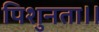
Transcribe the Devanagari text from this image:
पिशुनता।।